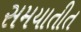
સમયાતીત